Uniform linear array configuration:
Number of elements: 12
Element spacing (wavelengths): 0.25
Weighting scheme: cosine
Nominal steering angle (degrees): -45
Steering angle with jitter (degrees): -46.777
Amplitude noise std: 0.05
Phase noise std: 0.05

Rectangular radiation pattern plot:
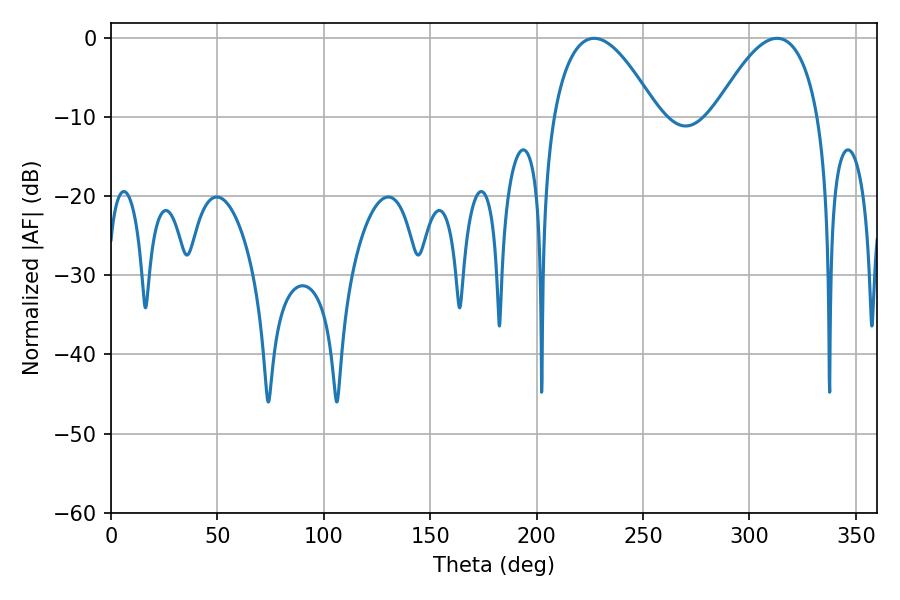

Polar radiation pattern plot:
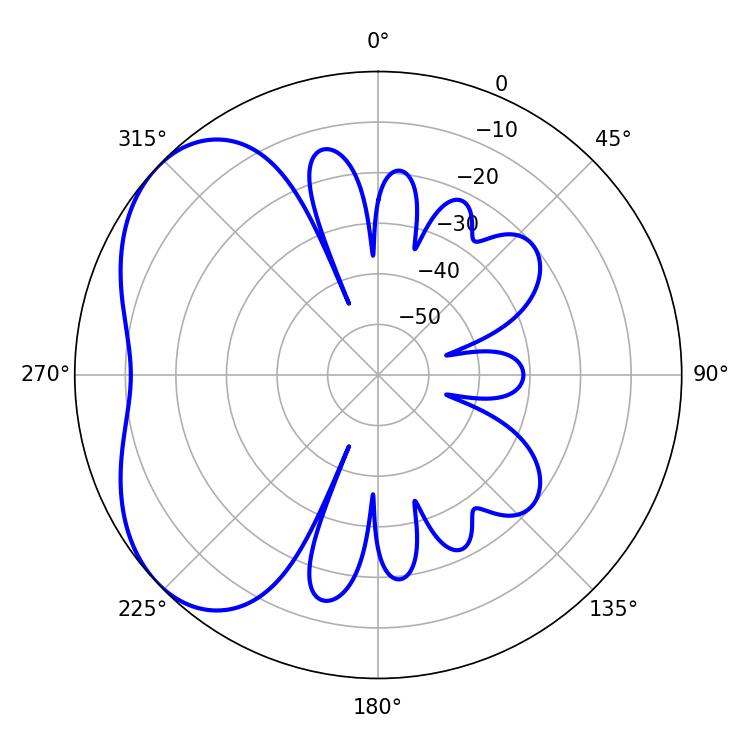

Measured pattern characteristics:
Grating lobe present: FALSE
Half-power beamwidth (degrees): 26.82
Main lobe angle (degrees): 226.98